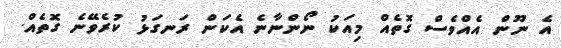
އެ ނޫން އެއްވެސް ގޮތެއް މިއަކު ނޯންނާނެ އެކަން ރަނގަޅު ކުރެވޭނެ ގޮތެއް.